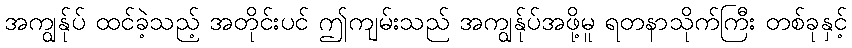
အကျွန်ုပ် ထင်ခဲ့သည့် အတိုင်းပင် ဤကျမ်းသည် အကျွန်ုပ်အဖို့မူ ရတနာသိုက်ကြီး တစ်ခုနှင့်